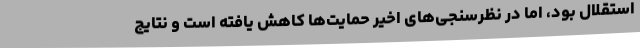
استقلال بود، اما در نظرسنجی‌های اخیر حمایت‌ها کاهش یافته است و نتایج